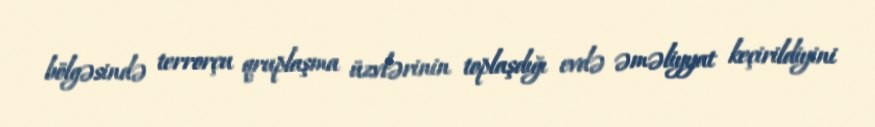
bölgəsində terrorçu qruplaşma üzvlərinin toplaşdığı evdə əməliyyat keçirildiyini